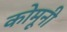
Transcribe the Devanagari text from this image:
कोमूनी